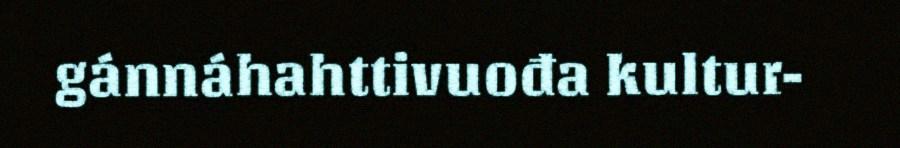
gánnáhahttivuođa kultur-